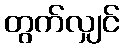
တွက်လျှင်